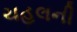
ચહલની